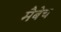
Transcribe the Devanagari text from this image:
मैबेच